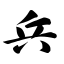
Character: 兵